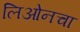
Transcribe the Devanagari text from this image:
लिओनचा